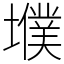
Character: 㙸